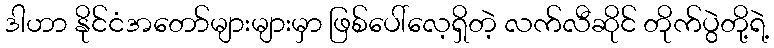
ဒါဟာ နိုင်ငံအတော်များများမှာ ဖြစ်ပေါ်လေ့ရှိတဲ့ လက်လီဆိုင် တိုက်ပွဲတို့ရဲ့